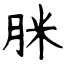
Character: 脒